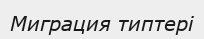
Миграция типтері